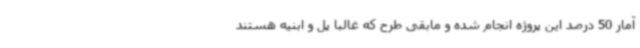
آمار 50 درصد این پروژه انجام شده و مابقی طرح که غالبا پل و ابنیه هستند